Report on the bubonic plague in Bombay, 1896-1897
Year: 1896
Disease focus: Plague
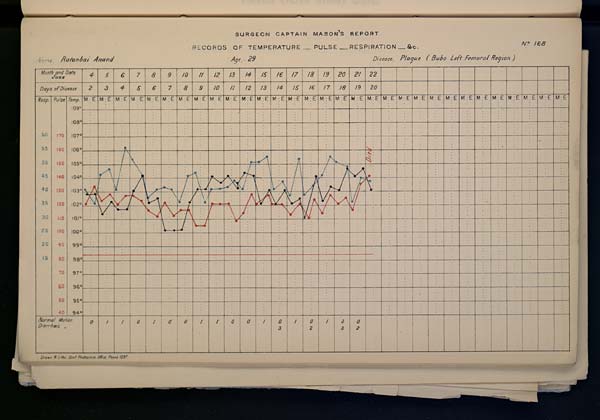
SURGEON
CAPTAIN
MASON'S
REPORT
RECORDS OF TEMPERATURE __ PULSE __ RESPIRATION __ &c. No. 168
Name,
Ratanbai
Anand
Age,
29
Disease,
Plague
(Bubo
Right
groin
)
Drawn & Litho: Govt. Photozinco: Office, Poona 1897.